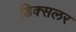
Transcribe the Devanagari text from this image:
डिक्सलर